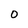
Character: O